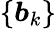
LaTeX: \{ \boldsymbol{b}_{k}\}